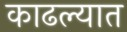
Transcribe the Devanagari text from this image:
काढल्यात